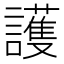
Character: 護